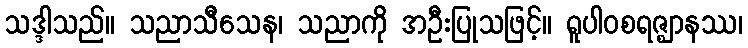
သဒ္ဒါသည်။ သညာသီသေန၊ သညာကို အဦးပြုသဖြင့်။ ရူပါဝစရဇ္ဈာနဿ၊